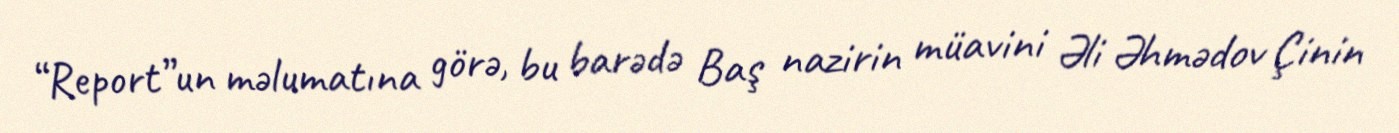
“Report”un məlumatına görə, bu barədə Baş nazirin müavini Əli Əhmədov Çinin